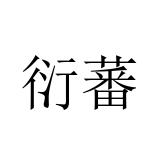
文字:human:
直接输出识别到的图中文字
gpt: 衍蕃